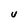
Character: u